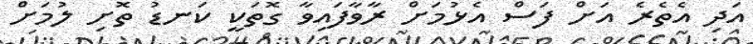
އަދި އެތެރެ އަށް ފަސް އެޅުމަށް ރާވާފައިވާ ގޮތަކީ ކަނޑު ތޮށި ލުމަށް